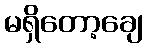
မရှိတော့ချေ